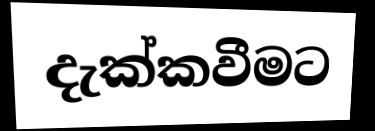
දැක්කවීමට